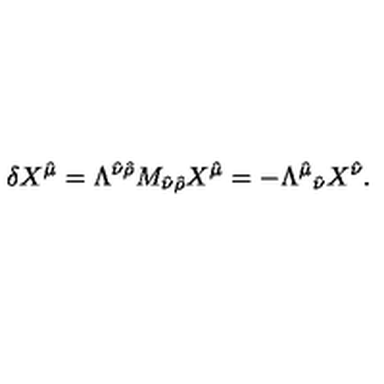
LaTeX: \delta X ^ { \hat { \mu } } = \Lambda ^ { \hat { \nu } \hat { \rho } } M _ { \hat { \nu } \hat { \rho } } X ^ { \hat { \mu } } = - \Lambda ^ { \hat { \mu } } { } _ { \hat { \nu } } X ^ { \hat { \nu } } .